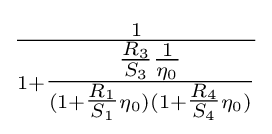
{\tfrac {1}{1+{\tfrac {{\tfrac {R_{3}}{S_{3}}}{\tfrac {1}{\eta _{0}}}}{(1+{\tfrac {R_{1}}{S_{1}}}\eta _{0})(1+{\tfrac {R_{4}}{S_{4}}}\eta _{0})}}}}